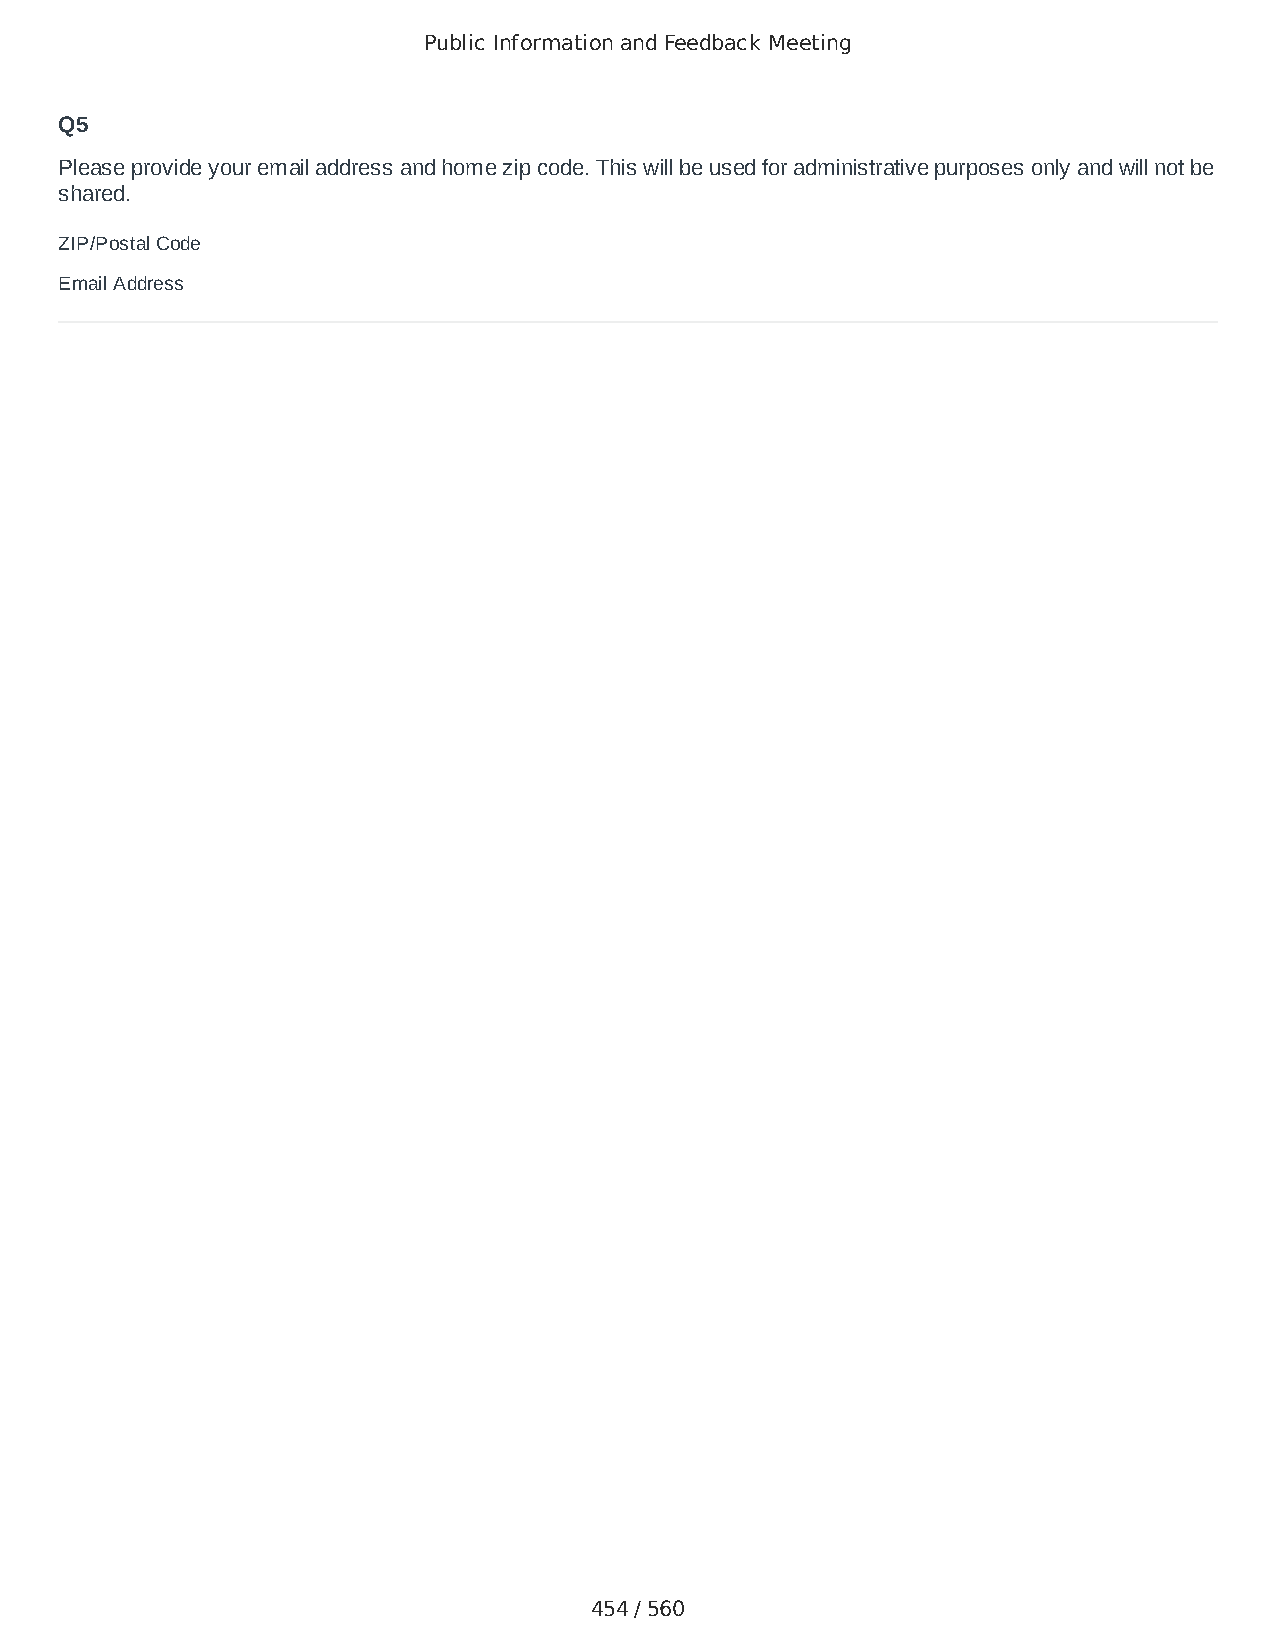
Public Information and Feedback Meeting
 Q5
 Please provide your email address and home zip code. This will be used for administrative purposes only and will not be
 shared.
 ZIP/Postal Code                        24523
 Email Address                          midgee50@yahoo.com
 454 / 560